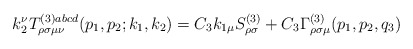
\begin{align*}k_2^\nu T_{\rho \sigma \mu \nu }^{(3)abcd}(p_1,p_2;k_1,k_2)=C_3k_{1\mu}S_{\rho \sigma }^{(3)}+C_3\Gamma _{\rho \sigma \mu }^{(3)}(p_1,p_2,q_3)\end{align*}